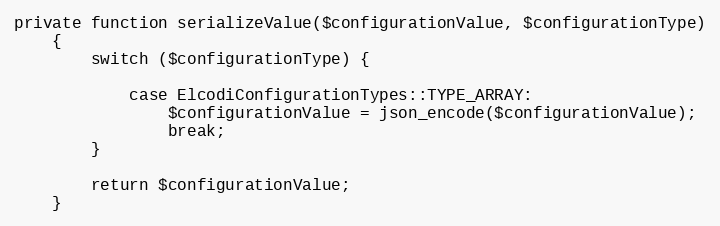
Language: PHP
private function serializeValue($configurationValue, $configurationType)
    {
        switch ($configurationType) {

            case ElcodiConfigurationTypes::TYPE_ARRAY:
                $configurationValue = json_encode($configurationValue);
                break;
        }

        return $configurationValue;
    }